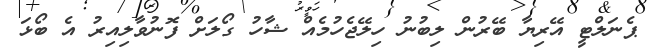
ޕެނަލްޓީ އޭރިޔާ ބޭރުން ލިބުނު ހިލޭޖެހުމެއް ޝާހު ގޯލަށް ފޮނުވާލިއިރު އެ ބޯޅަ